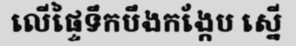
លើផ្ទៃទឹកបឹងកង្កែប ស្នើ